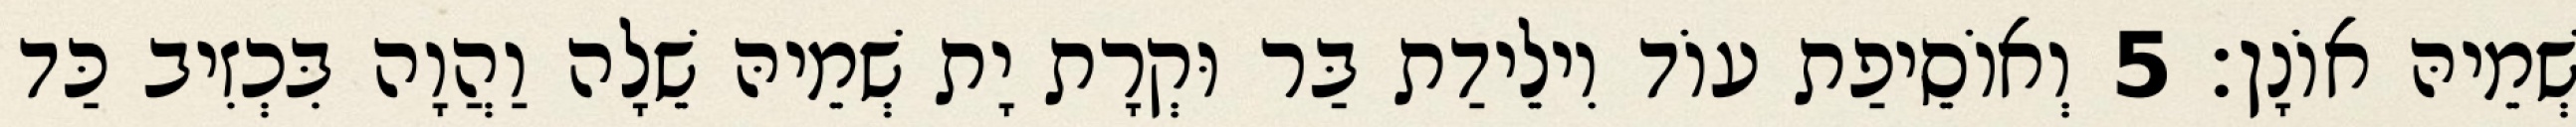
שְׁמֵיהּ אוֹנָן׃ 5 וְאוֹסֵיפַת עוֹד וִילֵידַת בַּר וּקְרָת יָת שְׁמֵיהּ שֵׁלָה וַהֲוָה בִּכְזִיב כַּד